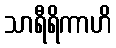
သာရီရိကာဟိ